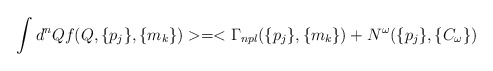
\begin{align*}\int d^nQf(Q,\{p_j\},\{m_k\})>=<\Gamma _{npl}(\{p_j\},\{m_k\})+N^\omega(\{p_j\},\{C_\omega \})\end{align*}